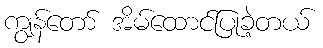
ကျွန်တော် အိမ်ထောင်ပြုခဲ့တယ်